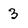
Character: 3